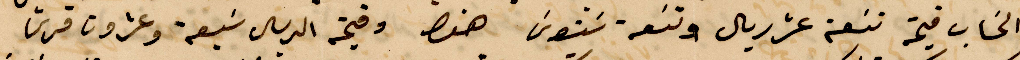
الحساب قيمة تسعة عشر ريال وتسعة ستون فقط وقيمة الريال سبعة وعشرون قرش